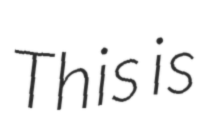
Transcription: This is